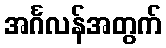
အင်္ဂလန်အတွက်